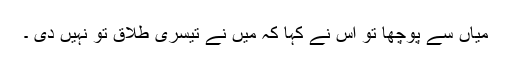
میاں سے پوچھا تو اس نے کہا کہ میں نے تیسری طلاق تو نہیں دی ۔